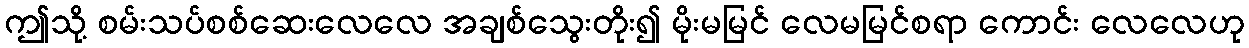
ဤသို့ စမ်းသပ်စစ်ဆေးလေလေ အချစ်သွေးတိုး၍ မိုးမမြင် လေမမြင်စရာ ကောင်း လေလေဟု